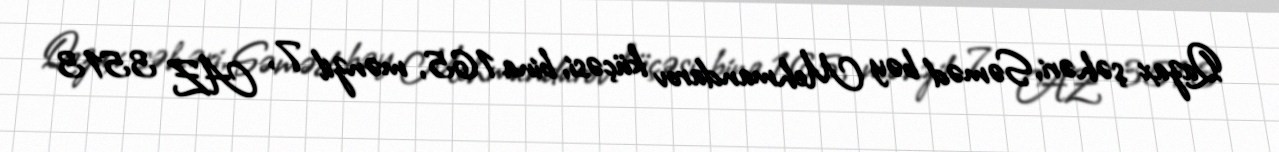
Qazax şəhəri, Səməd bəy Mehmandarov küçəsi, bina 165, mənzil 7, AZ 3513